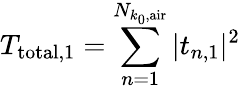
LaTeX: T_{\mathrm{total},1}=\sum_{n=1}^{N_{k_{0},\mathrm{air}}}|t_{n,1}|^{2}